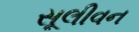
સૂલીવન